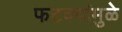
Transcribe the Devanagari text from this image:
फटक्यांमुळे